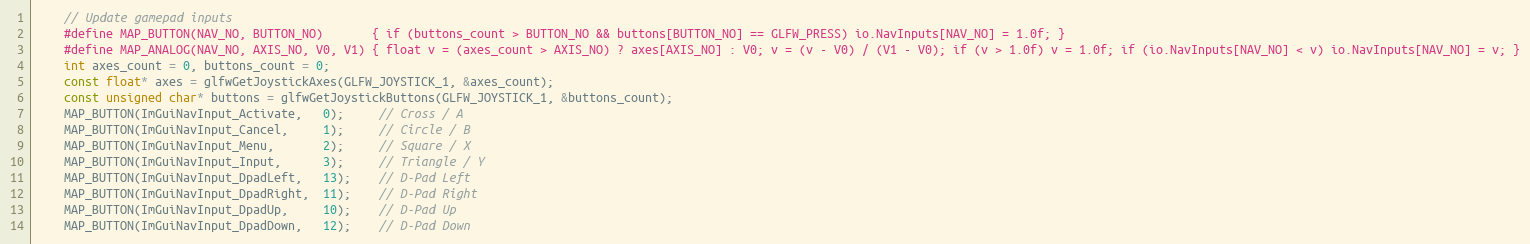
Language: C++
    // Update gamepad inputs
    #define MAP_BUTTON(NAV_NO, BUTTON_NO)       { if (buttons_count > BUTTON_NO && buttons[BUTTON_NO] == GLFW_PRESS) io.NavInputs[NAV_NO] = 1.0f; }
    #define MAP_ANALOG(NAV_NO, AXIS_NO, V0, V1) { float v = (axes_count > AXIS_NO) ? axes[AXIS_NO] : V0; v = (v - V0) / (V1 - V0); if (v > 1.0f) v = 1.0f; if (io.NavInputs[NAV_NO] < v) io.NavInputs[NAV_NO] = v; }
    int axes_count = 0, buttons_count = 0;
    const float* axes = glfwGetJoystickAxes(GLFW_JOYSTICK_1, &axes_count);
    const unsigned char* buttons = glfwGetJoystickButtons(GLFW_JOYSTICK_1, &buttons_count);
    MAP_BUTTON(ImGuiNavInput_Activate,   0);     // Cross / A
    MAP_BUTTON(ImGuiNavInput_Cancel,     1);     // Circle / B
    MAP_BUTTON(ImGuiNavInput_Menu,       2);     // Square / X
    MAP_BUTTON(ImGuiNavInput_Input,      3);     // Triangle / Y
    MAP_BUTTON(ImGuiNavInput_DpadLeft,   13);    // D-Pad Left
    MAP_BUTTON(ImGuiNavInput_DpadRight,  11);    // D-Pad Right
    MAP_BUTTON(ImGuiNavInput_DpadUp,     10);    // D-Pad Up
    MAP_BUTTON(ImGuiNavInput_DpadDown,   12);    // D-Pad Down